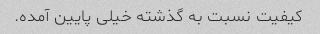
کیفیت نسبت به گذشته خیلی پایین آمده.